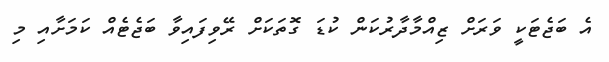
އެ ބަޖެޓަކީ ވަރަށް ޒިއްމާދާރުކަން ކުޑަ ގޮތަކަށް ރޭވިފައިވާ ބަޖެޓެއް ކަމަށާއި މި